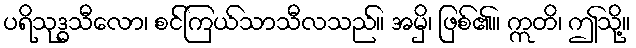
ပရိသုဒ္ဓသီလော၊ စင်ကြယ်သာသီလသည်။ အမှိ၊ ဖြစ်၏။ ဣတိ၊ ဤသို့။